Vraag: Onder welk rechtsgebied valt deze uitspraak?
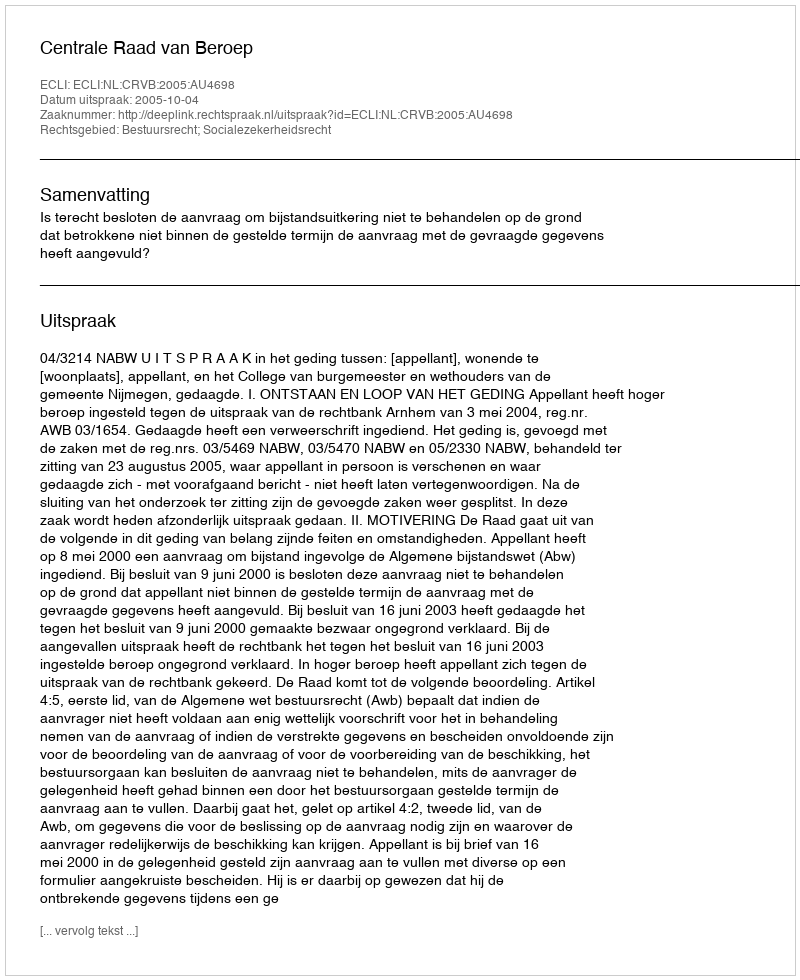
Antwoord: Bestuursrecht; Socialezekerheidsrecht